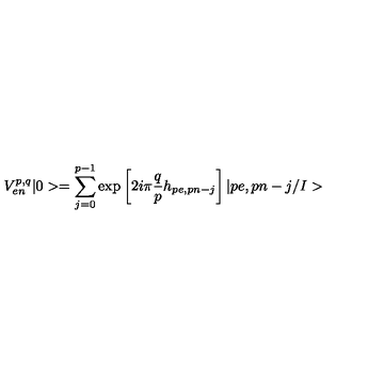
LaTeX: V _ { e n } ^ { p , q } | 0 > = \sum _ { j = 0 } ^ { p - 1 } \mathrm { e x p } \left[ 2 i \pi \frac { q } { p } h _ { p e , p n - j } \right] | p e , p n - j / I >